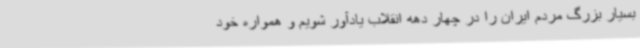
بسیار بزرگ مردم ایران را در چهار دهه انقلاب یادآور شویم و همواره خود